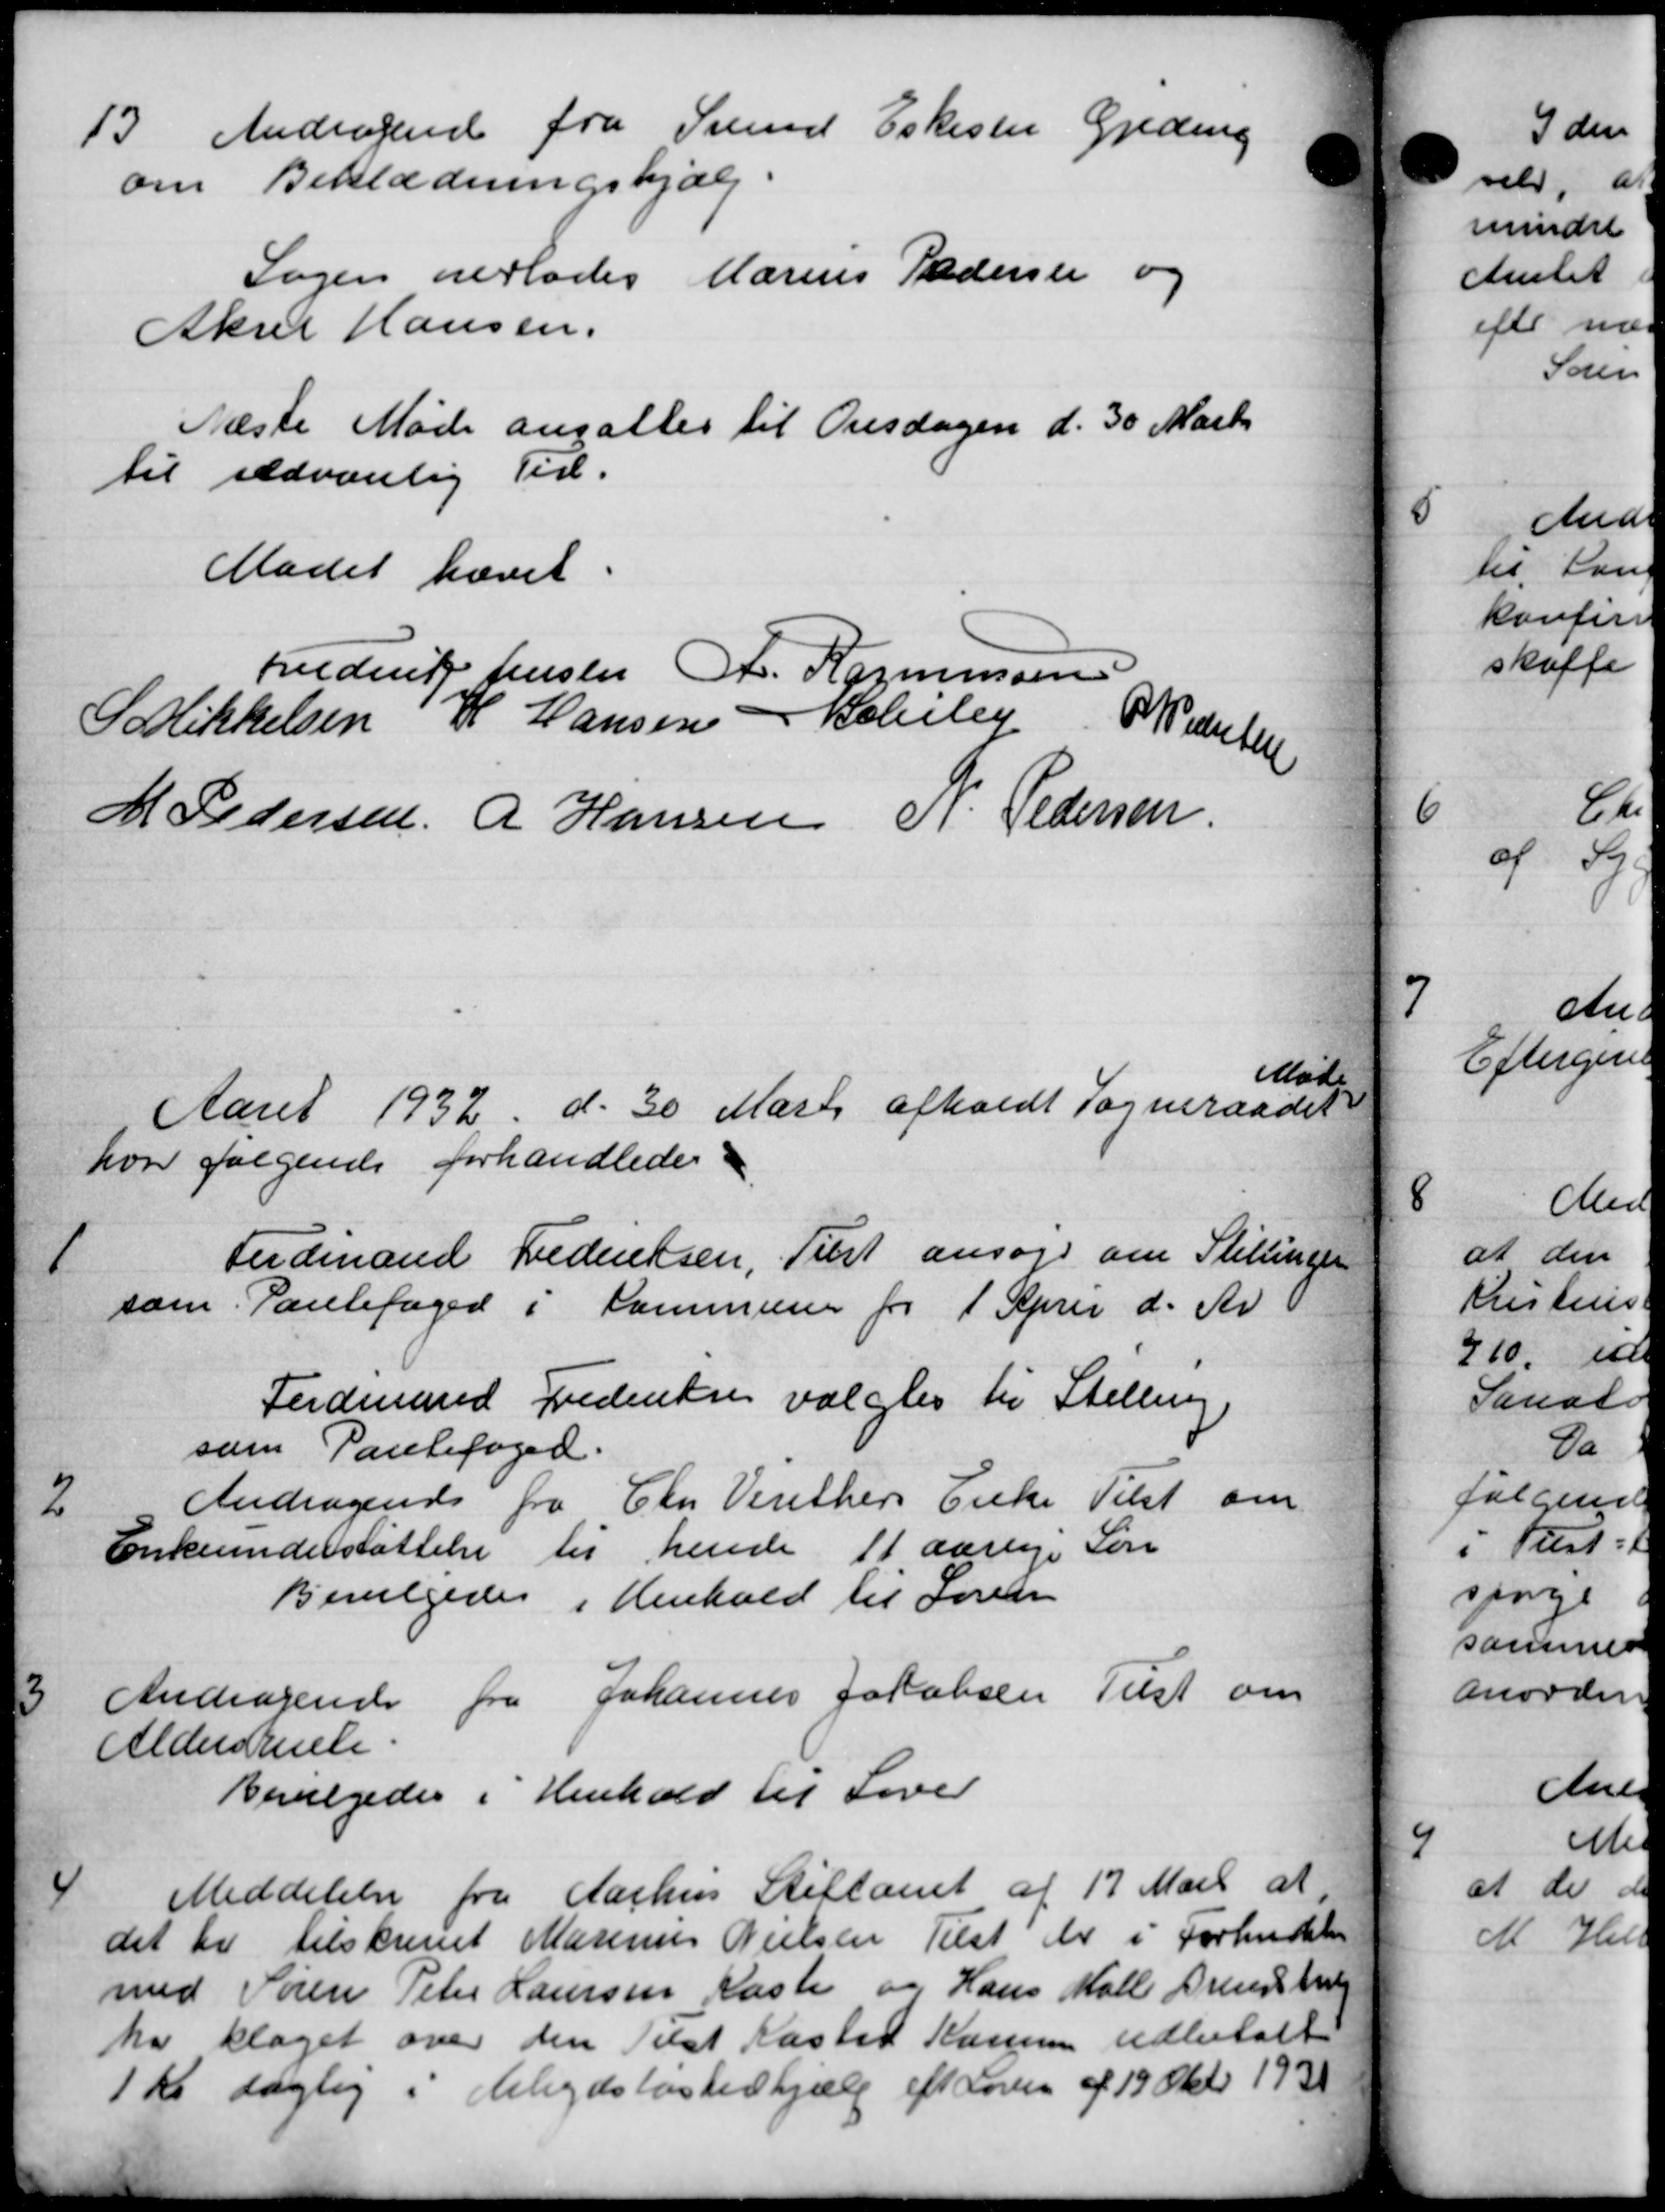
Transskription:
13.
Andragende fra Svend Eskester Gjeding
om Beklædningshjælp.
Sagen overlades Marius Pedersen og
Aksel Hansen.
Næste Møde ansattes til Onsdagen d. 30 Marts
til udvanlig Tid.
Mødet hævet
Frederik Jensen A. Rasmussen
S Mikkelsen H Hansen Belley
R. Paulsen
M Pedersen A Hansen P. Pedersen
Mad
Aaret 1932 d. 30 Marts afholdt Sogneraadet
hvor følgende forhandledes
1
Ferdinand Frederiksen, Tust ansøge om Stillender
som Pantefoged i Kommunen for 1 April d. Ar
Ferdinand Frederiksen valgtes til Stilling
som Pantefoged.
2
Andragende fra Chr Vinthers Enke Tilst om
Enkeunderstøttelse til hende 11 aarlige Søn
Bevilgedes i Henhold til Loven
3
Andragende fra Johannes Jakobsen Tulst om
Aldersreme.
Bevilgedes i Henhold til Lover
4
Meddelelse fra Aarhus Stiftamt af 17 Mart at
det til tilskrevet Marinus Nielsen Tilst der i Forhndelse
med Søren Peter Laursen Kaste og Hans Mølle Brendstrup
ha klaget over den Tilst Kasted Komune udbetalt
1 Kr. daglig i Arbejdsløshedhjælp eft Loven af 19 Okt. 1931